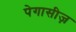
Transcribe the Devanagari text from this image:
पेगासीज़